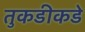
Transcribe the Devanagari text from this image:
तुकडीकडे